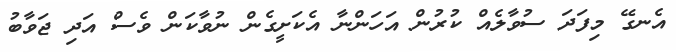
އެނގޭ މިފަދަ ސުވާލެއް ކުރުން އަހަންނާ އެކަށީގެން ނުވާކަން ވެސް އަދި ޖަވާބު